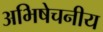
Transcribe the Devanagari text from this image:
अभिषेचनीय